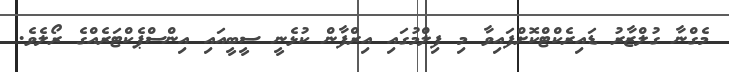
މެގްނާ ގުލްޒާރު ޑައިރެކްޓްކޮށްފައިވާ މި ފިލްމުގައި އިރްފާން ކުޅެނީ ސީބީއައި އިންސްޕެކްޓަރެއްގެ ރޯލެވެ.